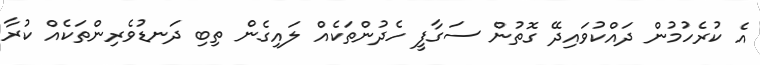
އެ ކުރެހުމުން ދައްކުވައިދޭ ގޮތުން ސަގާފީ ހެދުންތަކެއް ލައިގެން ތިބި ދަނޑުވެރިންތަކެއް ކުރާ